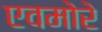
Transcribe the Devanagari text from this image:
एवमोरे